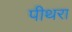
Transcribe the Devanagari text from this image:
पीथरा